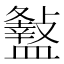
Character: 𥃏